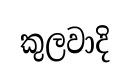
කුලවාදි